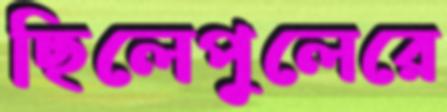
ছিলেপুলেরে